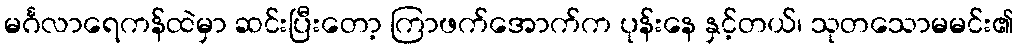
မင်္ဂလာရေကန်ထဲမှာ ဆင်းပြီးတော့ ကြာဖက်အောက်က ပုန်းနေ နှင့်တယ်၊ သုတသောမမင်း၏